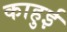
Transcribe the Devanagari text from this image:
काहुई